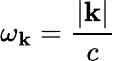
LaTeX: \omega_{\mathbf{k}}=\frac{{|\mathbf{{\mathbf{k}}}|}}{{c}}